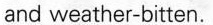
and weather-bitten.